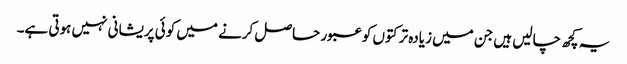
یہ کچھ چالیں ہیں جن میں زیادہ تر کتوں کو عبور حاصل کرنے میں کوئی پریشانی نہیں ہوتی ہے۔